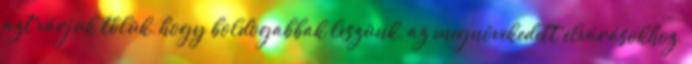
azt várjuk tőlük, hogy boldogabbak leszünk, az megnövekedett elvárásokhoz,